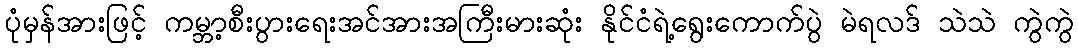
ပုံမှန်အားဖြင့် ကမ္ဘာ့စီးပွားရေးအင်အားအကြီးမားဆုံး နိုင်ငံရဲ့ရွေးကောက်ပွဲ မဲရလဒ် သဲသဲ ကွဲကွဲ